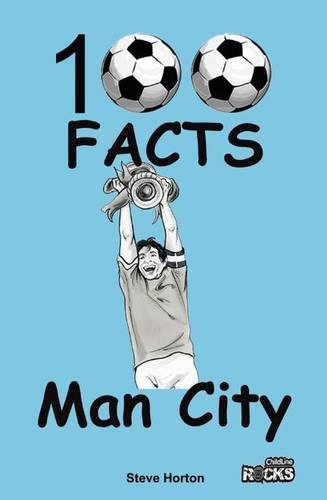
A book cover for Manchester City - 100 Facts; Steve Horton; Teen & Young Adult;